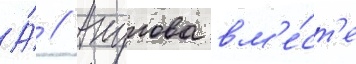
А́ // Акулова вм'е́ст'е